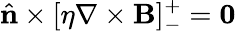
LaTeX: \hat{\mathbf{n}}\times[\eta\mathbf{\nabla}\times\mathbf{B}]_{-}^{+}=\mathbf{0}